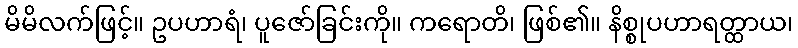
မိမိလက်ဖြင့်။ ဥပဟာရံ၊ ပူဇော်ခြင်းကို။ ကရောတိ၊ ဖြစ်၏။ နိစ္စုပဟာရတ္ထာယ၊